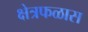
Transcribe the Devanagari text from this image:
क्षेत्रफळास